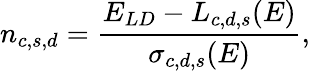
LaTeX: n_{c,s,d}=\frac{E_{LD}-L_{c,d,s}(E)}{\sigma_{c,d,s}(E)},